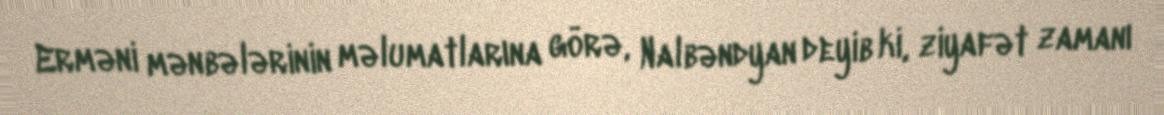
Erməni mənbələrinin məlumatlarına görə, Nalbəndyan deyib ki, ziyafət zamanı